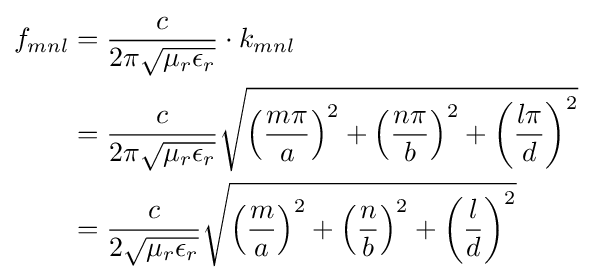
{\begin{aligned}f_{mnl}&={\frac {c}{2\pi {\sqrt {\mu _{r}\epsilon _{r}}}}}\cdot k_{mnl}\\&={\frac {c}{2\pi {\sqrt {\mu _{r}\epsilon _{r}}}}}{\sqrt {\left({\frac {m\pi }{a}}\right)^{2}+\left({\frac {n\pi }{b}}\right)^{2}+\left({\frac {l\pi }{d}}\right)^{2}}}\\&={\frac {c}{2{\sqrt {\mu _{r}\epsilon _{r}}}}}{\sqrt {\left({\frac {m}{a}}\right)^{2}+\left({\frac {n}{b}}\right)^{2}+\left({\frac {l}{d}}\right)^{2}}}\end{aligned}}